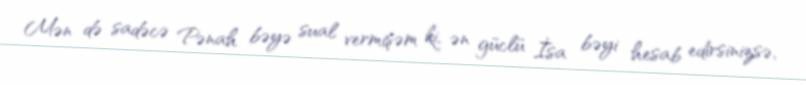
Mən də sadəcə Pənah bəyə sual vermişəm ki, ən güclü İsa bəyi hesab edirsinizsə,